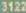
3122